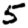
Digit: 5